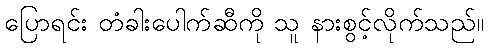
ပြောရင်း တံခါးပေါက်ဆီကို သူ နားစွင့်လိုက်သည်။